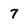
Character: 7